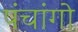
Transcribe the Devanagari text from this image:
पंचांगो